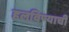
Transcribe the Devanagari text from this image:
हलविण्याची